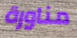
مناورة